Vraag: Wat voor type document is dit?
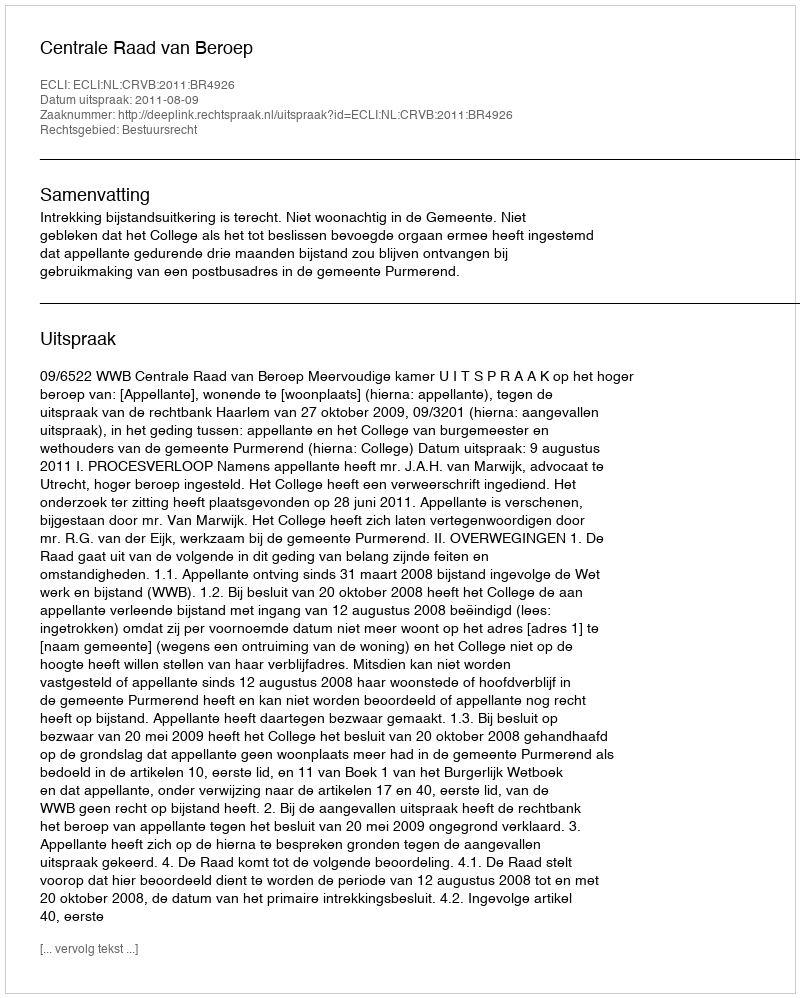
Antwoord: Uitspraak